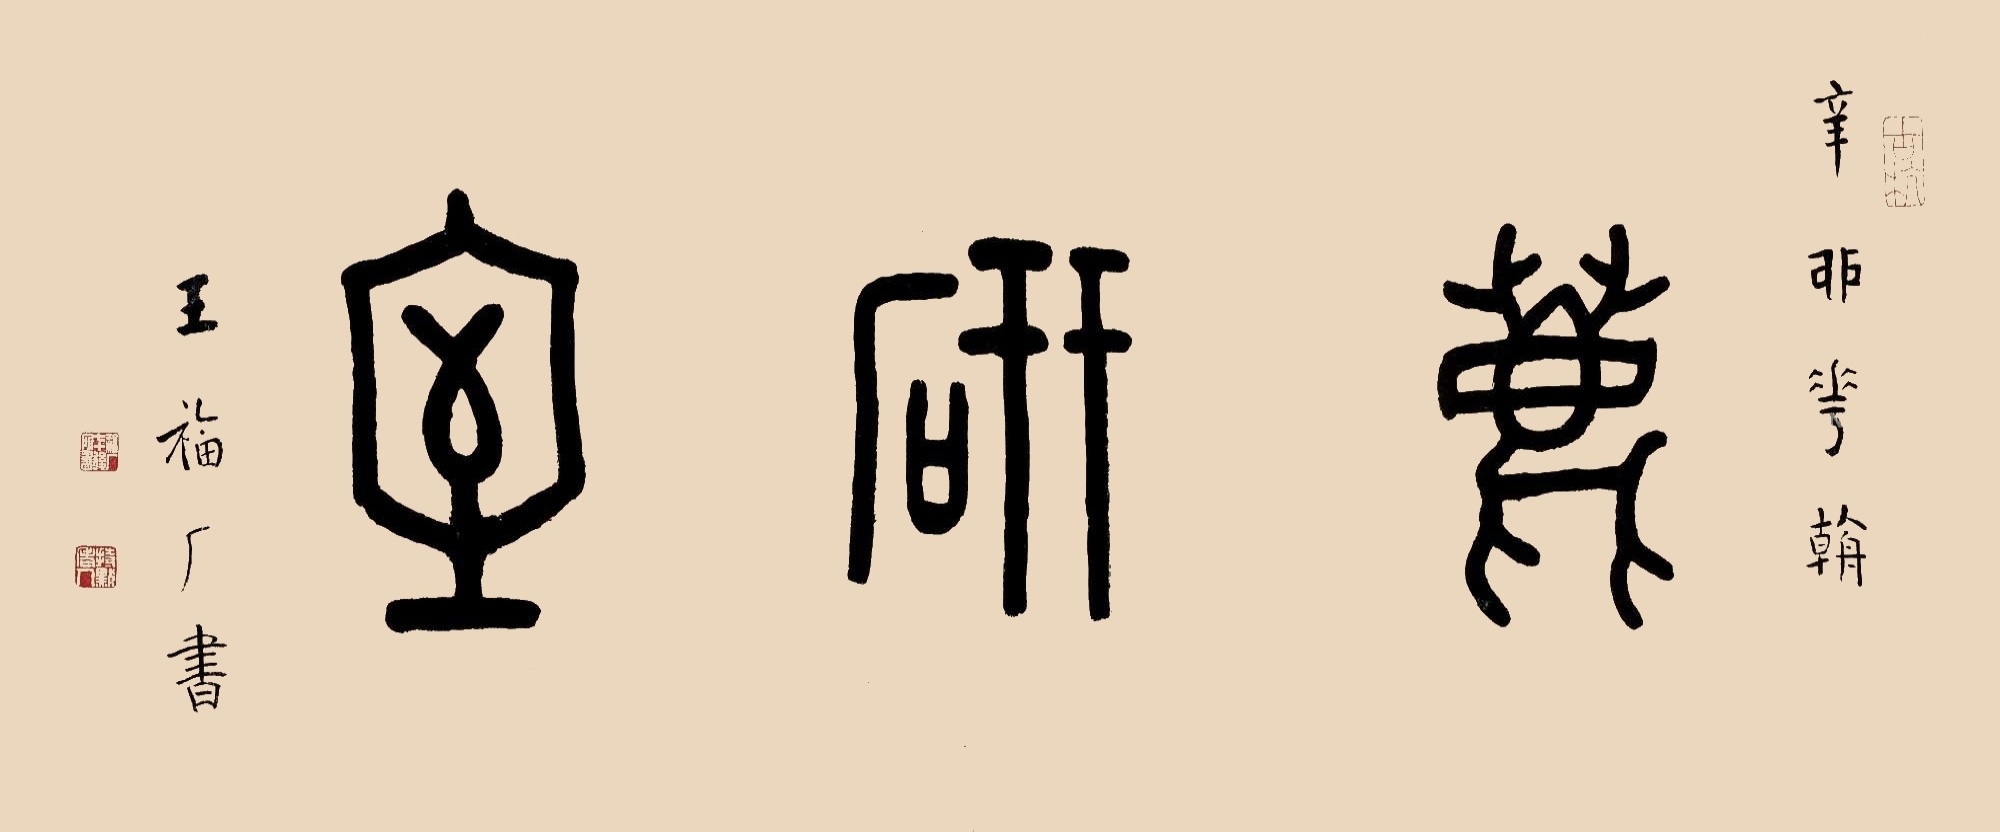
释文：鹿研室。辛卯花朝。王福厂书。